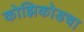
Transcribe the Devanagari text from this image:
कोझिकोडचा